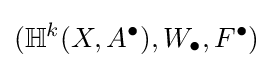
(\mathbb {H} ^{k}(X,A^{\bullet }),W_{\bullet },F^{\bullet })